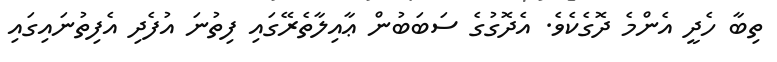
ތިބާ ހެދީ އެންމެ ދޮގެކެވެ. އެދޮގުގެ ސަބަބުން ޢާއިލާތެރޭގައި ފިތުނަ އުފެދި އެފިތުނައިގައި